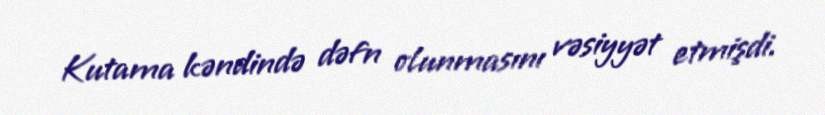
Kutama kəndində dəfn olunmasını vəsiyyət etmişdi.